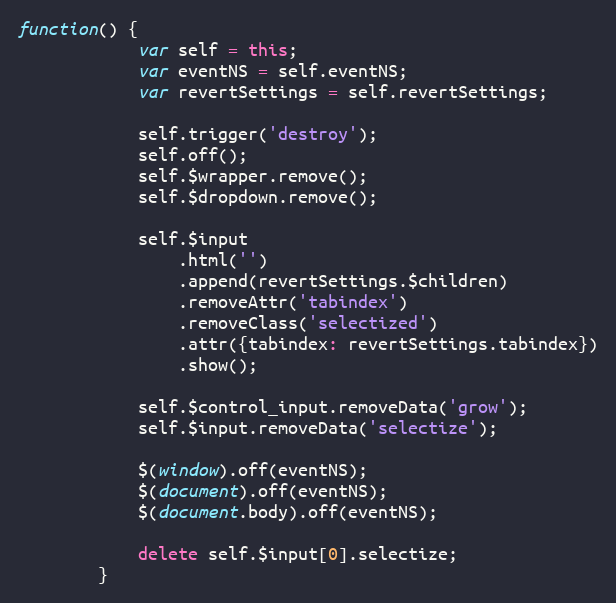
Language: JavaScript
function() {
			var self = this;
			var eventNS = self.eventNS;
			var revertSettings = self.revertSettings;

			self.trigger('destroy');
			self.off();
			self.$wrapper.remove();
			self.$dropdown.remove();

			self.$input
				.html('')
				.append(revertSettings.$children)
				.removeAttr('tabindex')
				.removeClass('selectized')
				.attr({tabindex: revertSettings.tabindex})
				.show();

			self.$control_input.removeData('grow');
			self.$input.removeData('selectize');

			$(window).off(eventNS);
			$(document).off(eventNS);
			$(document.body).off(eventNS);

			delete self.$input[0].selectize;
		}